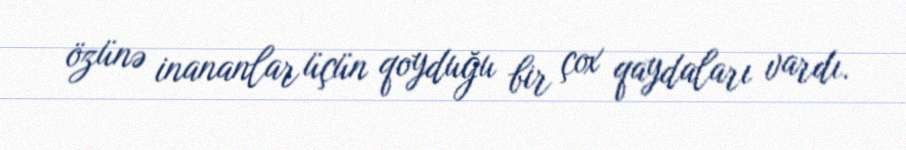
özünə inananlar üçün qoyduğu bir çox qaydaları vardı.